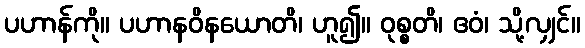
ပဟာန်ကို။ ပဟာနဝိနယောတိ၊ ဟူ၍။ ဝုစ္စတိ၊ ဧဝံ၊ သို့လျှင်။